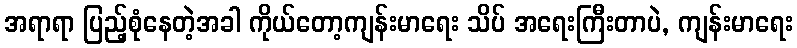
အရာရာ ပြည့်စုံနေတဲ့အခါ ကိုယ်တော့ကျန်းမာရေး သိပ် အရေးကြီးတာပဲ, ကျန်းမာရေး